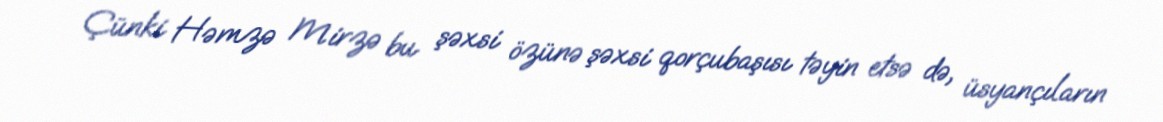
Çünki Həmzə Mirzə bu şəxsi özünə şəxsi qorçubaşısı təyin etsə də, üsyançıların